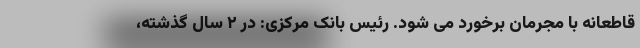
قاطعانه با مجرمان برخورد می شود. رئیس بانک مرکزی: در ۲ سال گذشته،